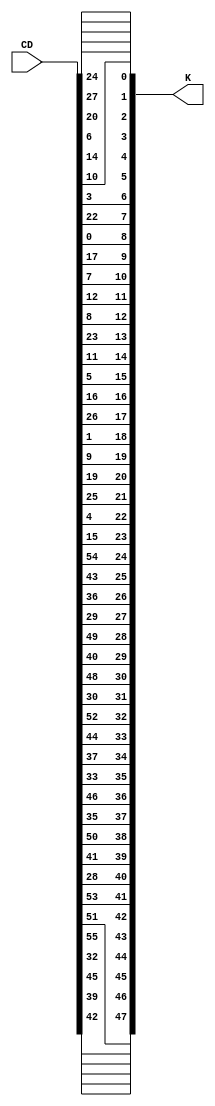
`timescale 1ns / 1ps

module PC2(
    input [0:55] CD,
    output [0:47] K
    );
	 
assign K[0]= CD[13];
assign K[1]= CD[16];
assign K[2]= CD[10];
assign K[3]= CD[23];
assign K[4]= CD[0];
assign K[5]= CD[4];
assign K[6]= CD[2];
assign K[7]= CD[27];
assign K[8]= CD[14];
assign K[9]= CD[5];
assign K[10]= CD[20];
assign K[11]= CD[9];
assign K[12]= CD[22];
assign K[13]= CD[18];
assign K[14]= CD[11];
assign K[15]= CD[3];
assign K[16]= CD[25];
assign K[17]= CD[7];
assign K[18]= CD[15];
assign K[19]= CD[6];
assign K[20]= CD[26];
assign K[21]= CD[19];
assign K[22]= CD[12];
assign K[23]= CD[1];
assign K[24]= CD[40];
assign K[25]= CD[51];
assign K[26]= CD[30];
assign K[27]= CD[36];
assign K[28]= CD[46];
assign K[29]= CD[54];
assign K[30]= CD[29];
assign K[31]= CD[39];
assign K[32]= CD[50];
assign K[33]= CD[44];
assign K[34]= CD[32];
assign K[35]= CD[47];
assign K[36]= CD[43];
assign K[37]= CD[48];
assign K[38]= CD[38];
assign K[39]= CD[55];
assign K[40]= CD[33];
assign K[41]= CD[52];
assign K[42]= CD[45];
assign K[43]= CD[41];
assign K[44]= CD[49];
assign K[45]= CD[35];
assign K[46]= CD[28];
assign K[47]= CD[31];

endmodule